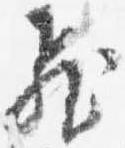
飛